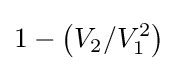
1-\left(V_{2}/V_{1}^{2}\right)